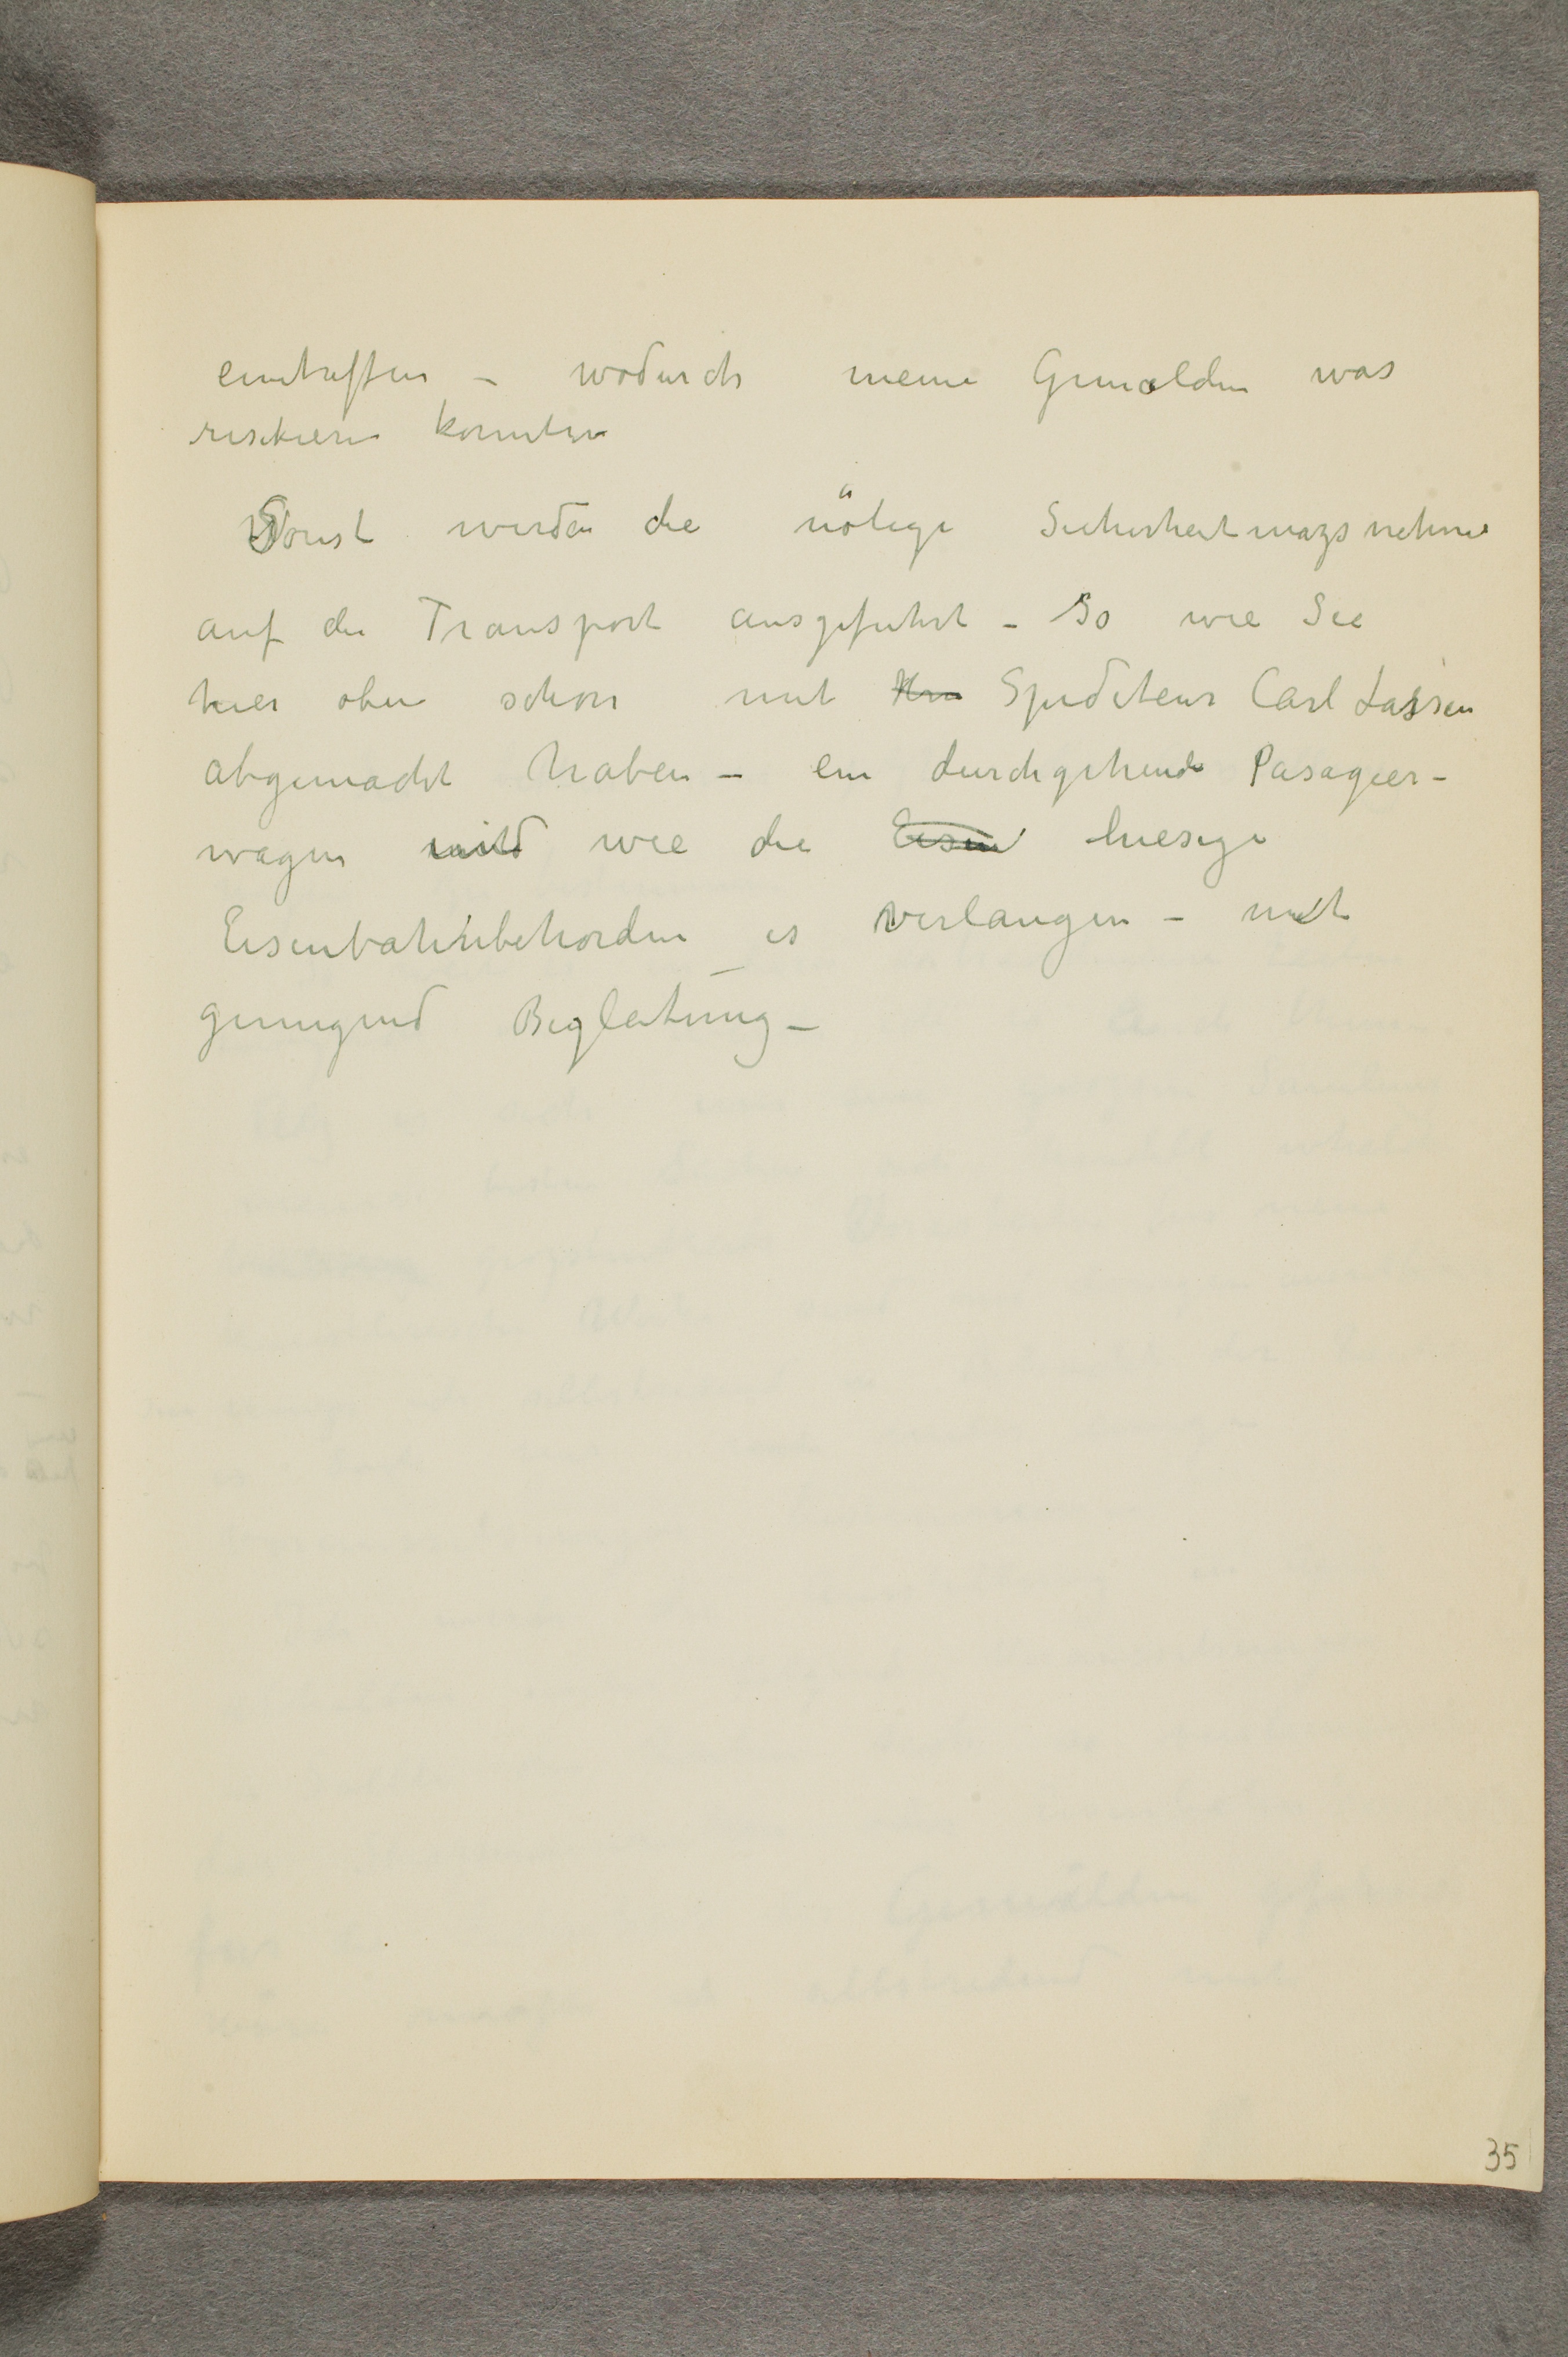
eintreffen - wodurch meine Gemalden was
risikieren konnten
Sonst werden die nötige Sicherheitsmazsnahme
auf den Transport ausgefuhrt - so wie Sie
hier oben schon mit Hrr Spediteur Carl Lassen
abgemacht haben - ein durchgehende Pasagier-
wagen und wie die Eisen hiesige
Eisenbahnbehorden es verlangen - mit
genugend Begleitung -